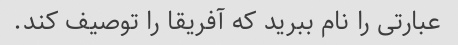
عبارتی را نام ببرید که آفریقا را توصیف کند.